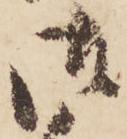
御